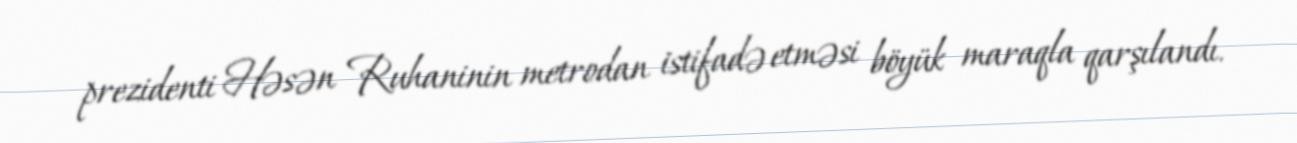
prezidenti Həsən Ruhaninin metrodan istifadə etməsi böyük maraqla qarşılandı.